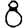
Digit: 8